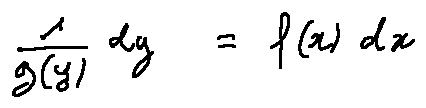
\frac { 1 } { g ( y ) } d y = f ( x ) d x